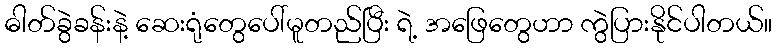
ဓါတ်ခွဲခန်းနဲ့ ဆေးရုံတွေပေါ်မူတည်ပြီး ရဲ့ အဖြေတွေဟာ ကွဲပြားနိုင်ပါတယ်။